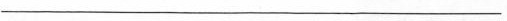
---------------